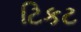
ટિકટ